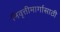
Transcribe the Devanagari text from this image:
निवृत्तीमार्गासाठी